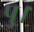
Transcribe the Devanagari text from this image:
पु।